Report on the bubonic plague in Bombay, 1896-1897
Year: 1896
Disease focus: Plague
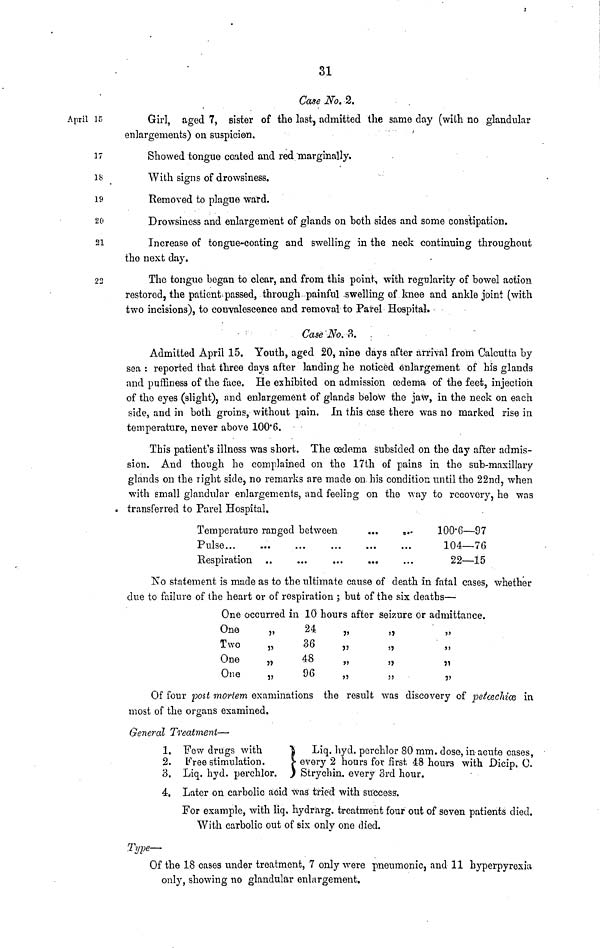
31
Case No. 2.
April
15
Girl, aged 7, sister of the last, admitted the same day (with no glandular
enlargements) on suspicion.
17
Showed tongue coated and red marginally,
18
With signs of drowsiness.
19
Removed to plague ward.
20
Drowsiness and enlargement of glands on both sides and some constipation.
21
Increase of tongue-coating and swelling in the neck continuing throughout
the next day.
22
The tongue began to clear, and from this point, with regularity of bowel action
restorod, the patient passed, through painful swelling of knee and ankle joint (with
two incisions), to convalescence and removal to Parel Hospital.
Case No. 3.
Admitted April 15. Youth, aged 20, nine days after arrival from Calcutta by
sea : reported that three days after landing he noticed enlargement of his glands
and puffiness of the face. He exhibited on admission oedema of the feet, injection
of the eyes (slight), and enlargement of glands below the jaw, in the neck on each
side, and in both groins, without pain. In this case there was no marked rise in
temperature, never above 100.6.
This patient's illness was short. The oedema subsided on the day after admis-
sion. And though he complained on the 17th of pains in the sub-maxillary
glands on the right side, no remarks are made on his condition until the 22nd, when
with small glandular enlargements, and feeling on the way to recovery, he was
transferred to Parel Hospital.
Temperature ranged between
Pulse...
Respiration
...
...
...
...
...
...
...
...
...
...
...
...
100.6—97
104—76
22—15
No statement is made as to the ultimate cause of death in fatal cases, whether
due to failure of the heart or of respiration ; but of the six deaths—
One occurred in 10 hours after seizure or admittance.
One
Two
One
One
"
"
"
"
24
36
48
96
"
"
"
"
"
"
"
"
"
"
"
"
Of four post mortem examinations the result was discovery of petcechke in
most of the organs examined.
General Treatment—
1. Few drugs with
2. Free stimulation.
3. Liq. hyd. perchlor.
Liq. hyd. perchlor 80 mm. dose, in acute cases,
every 2 hours for first 48 hours with Dicip. C.
Strychin. every 3rd hour.
4. Later on carbolic acid was tried with success.
For example, with liq. hydrarg. treatment four out of seven patients died.
With carbolic out of six only one died.
Type—
Of the 18 cases under treatment, 7 only were pneumonic, and 11 hyperpyrexia
only, showing no glandular enlargement.